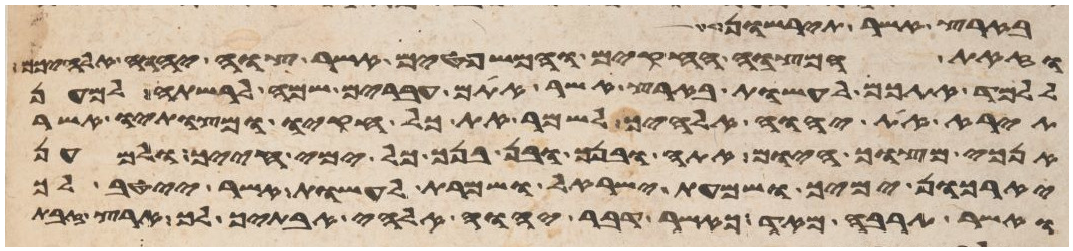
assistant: בארץ אשר תירשון
וזאת המצוה החקים והמשפטים אשר צוה יהוה אלהיכם
ללמד אתכם לעשות בארץ אשר אתם עברים שמה לרשתה למען
תירא את יהוה אלהיך לשמר את כל חקיו ומצותיו אשר
אנכי מצוך היום אתה ובנך ובן בנך כל ימי חייך ולמען
יאריכון ימיך ושמעת ישראל ושמרת לעשות אשר ייטב לך
ואשר תרבה מאד כאשר דבר יהוה אלהי אבתיך לך ארץ זבת